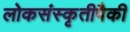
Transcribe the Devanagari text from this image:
लोकसंस्कृतीपैकी